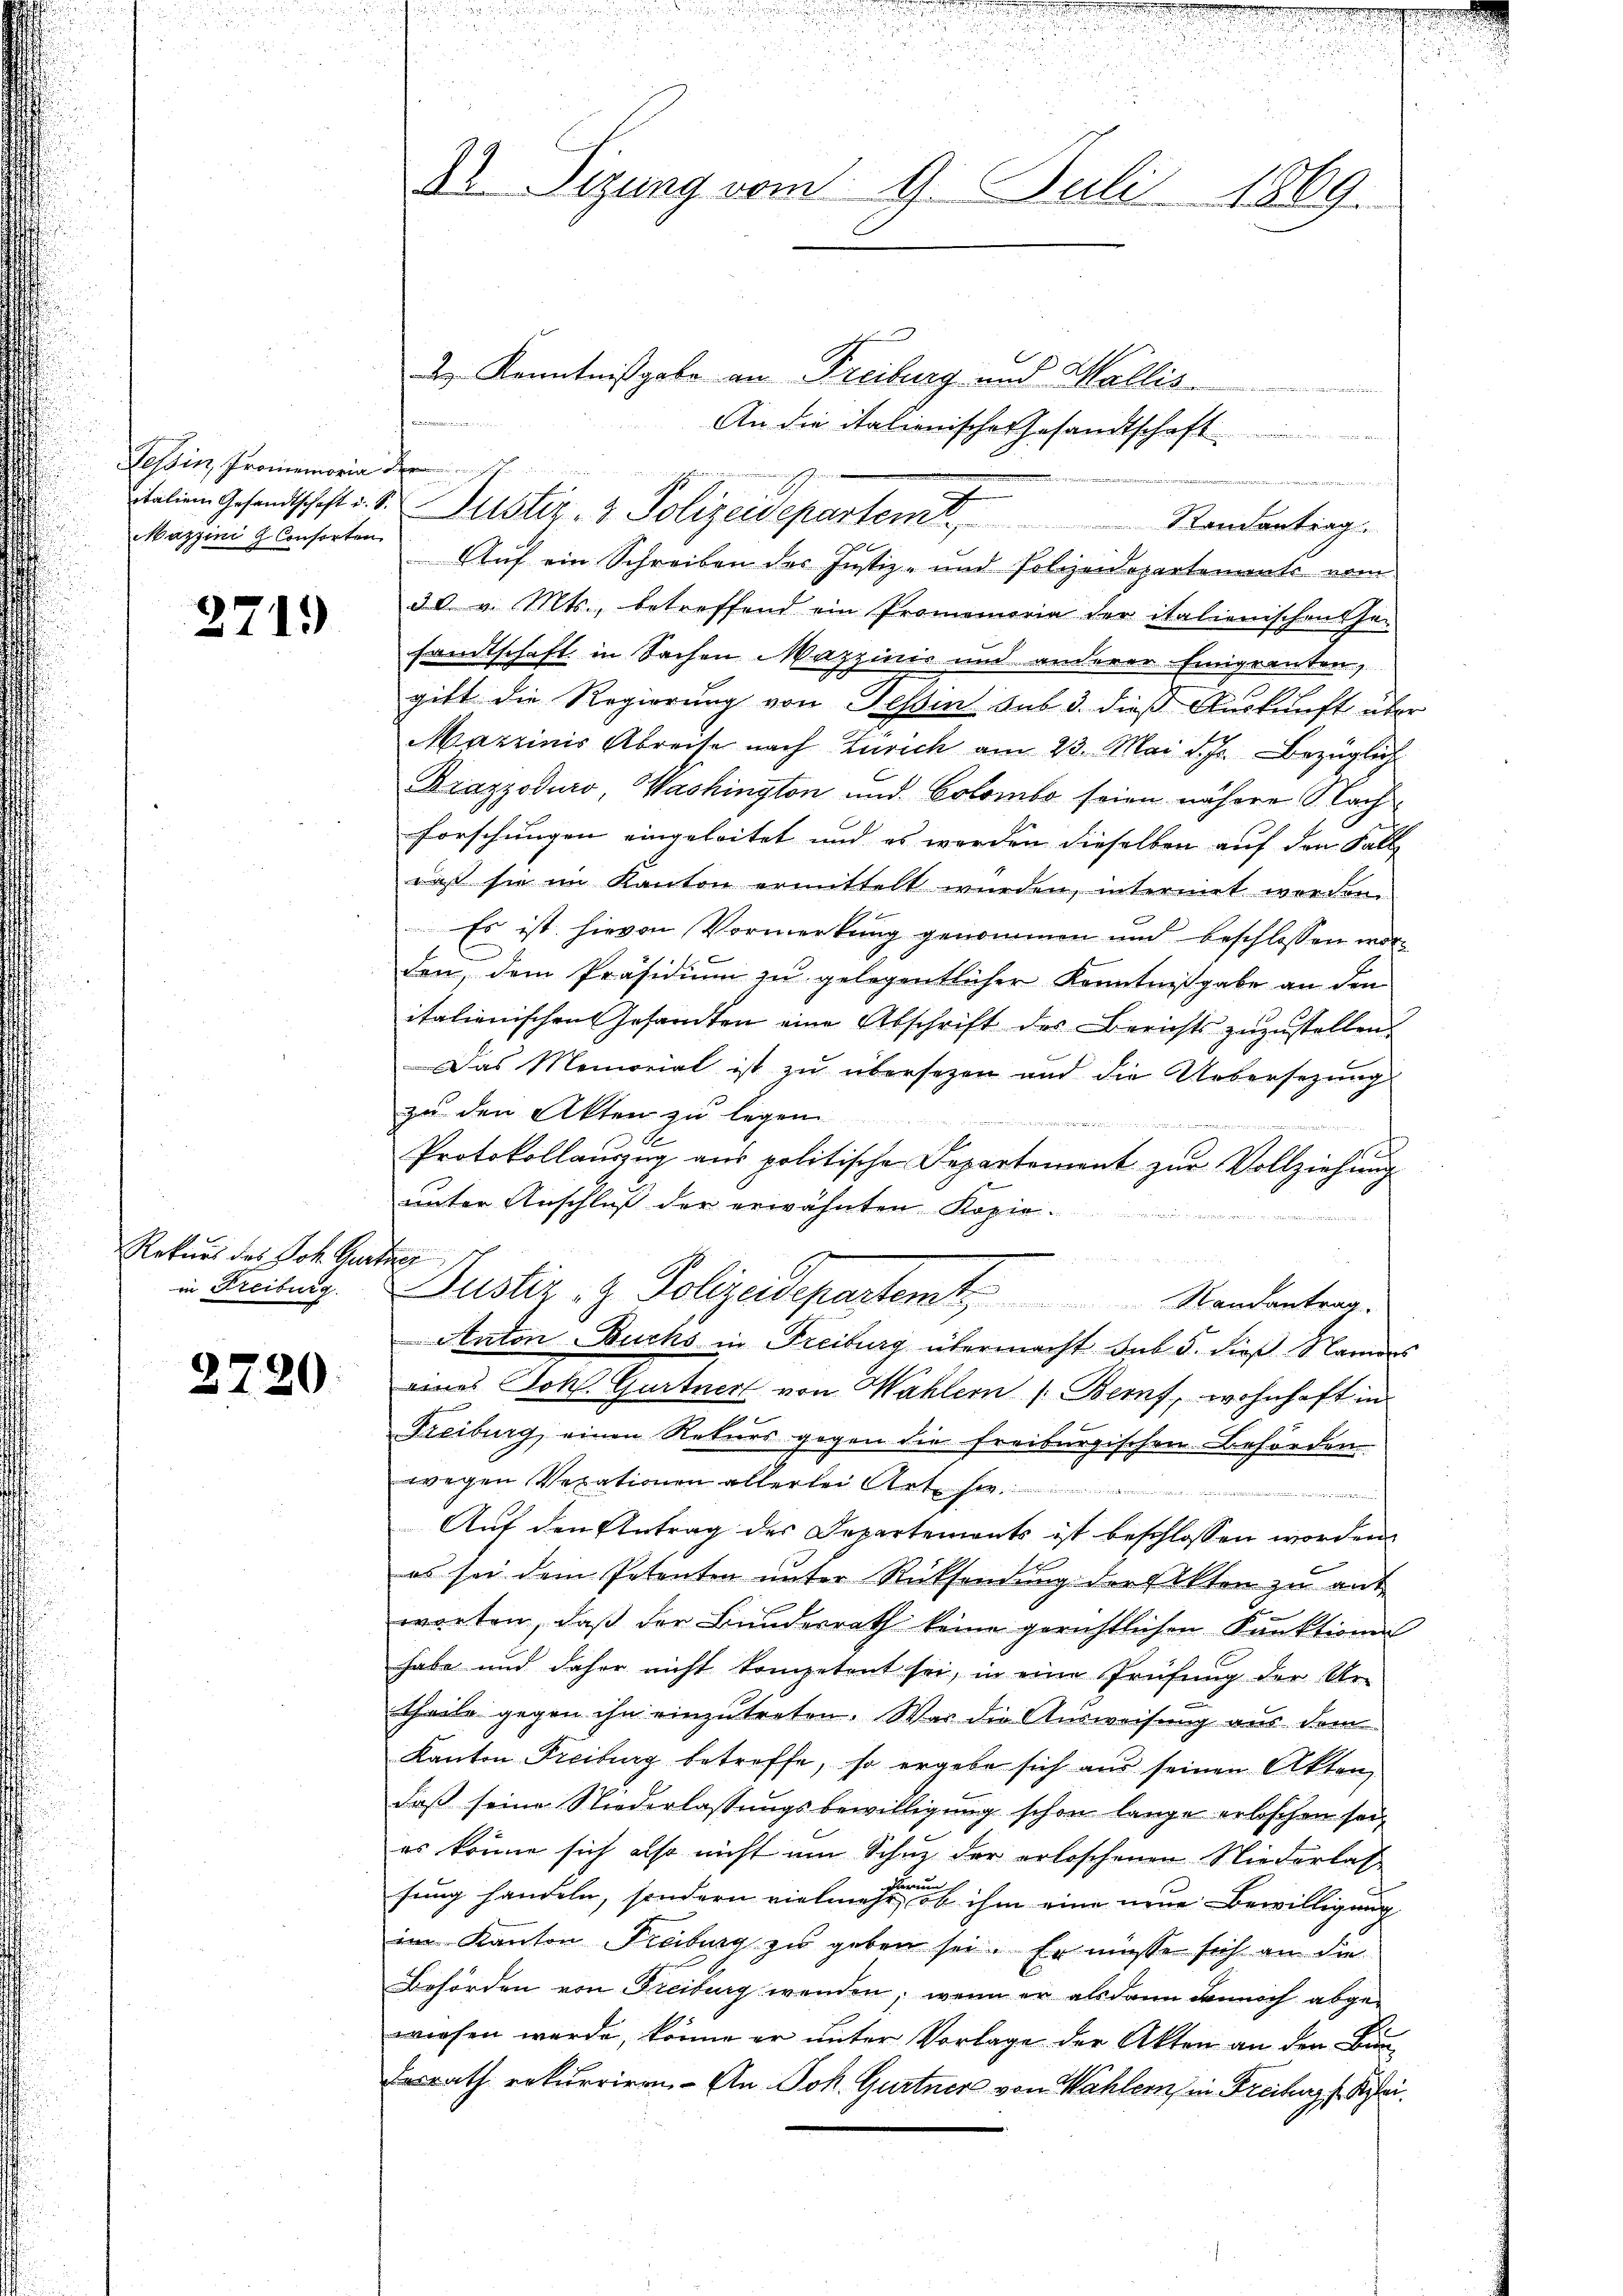
Tessin, Promemoria der
Mazzini  Consorten

2719)

Rekurs des Joh. Ger
in Freiburg.

2720.

n
8
.
Dr. Sizung vom 9. Juli 1869.

2 Kenntnißgabe an Freiburg und Wallis.
e
2
An die italienisches Gesandtschaft
2
italien Gesandtschaft u. d. Justiz- & Polizeidepartemt
Randantrag
Auf ein Schreiben des Justiz- und Polizeidepartements vom
30 v. Mts., betreffend ein Promemoria der italienischens ha
sandtschaft in Sachen Mazzinis und anderer Einigranten,
gibt die Regierung von Tessin sub 3. dieß Auskunft über
Marzinis Abreise nach Zürich am 23. Mai d. Js. bezüglich
Brazzoduro, Washington und Colombe seien nähere Nach¬
Forschungen eingeleitet und es werden dieselben auf den Fall
da sie im Kanton ermittelt wurden, intermet werden.
Es ist hievon Vormerkung genommen und beschlossen worden, dem Präsidium zu gelegentlicher Kenntnißgabe an den
italienischen Gesamten eine Abschrift der Berichts zuzustellen.
Das Memorial ist zu übersetzen und die Uebersezung
zu den Akten zu legen

A
d
Protokollauszug aus politische Departement zur Vollziehung
unter Anschluß der erwähnten Kopie¬
.
e
For
Justiz- & Polizeidepartem Standentrag.
Anton Buchs in Freiburg übermacht sub 5. dieß Namens
eines Stokl. Gurtner von Wahlern (Beruf, wohnhaft in
Freiburg, einen Rekurs gegen die freiburgischen Behörden
wegen Verationen allerlei Art sie
 sie in den der einer
Auf den Antrag des Departements ist beschlossen worden.
es sei dem Petenten unter Rücksendung der Akten zu ant
worten, daß der Bundesrath keine gerichtlichen Funktionen
habe und daher nicht kompetent sei, in eine Prüfung der Ur-
theile gegen ihn einzutreten. War die Ausweisung aus dem
Kanton Freiburg betreffe, so ergebe sich aus seinen Akten,
daß seine Niederlassungsbewilligung schon lange erloschen sei,
es könne sich also nicht um Schuz der erloschenen Niederlas
n
sung handeln, sondern vielmehr, ob ihm eine neue Bewilligung
im Kanton Freiburg zu geben sei. Er müsse sich an die
Behörden von Freiburg wenden, wenn er als dann dennoch abgewiesen werde, könne er unter Vorlage der Akten an den Bundesrath rekurriren. An Joh. Gurtner von Wahlern, in Freiburg f. Klei¬

u